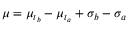
\mu = \mu _ { t _ { b } } - \mu _ { t _ { a } } + \sigma _ { b } - \sigma _ { a }